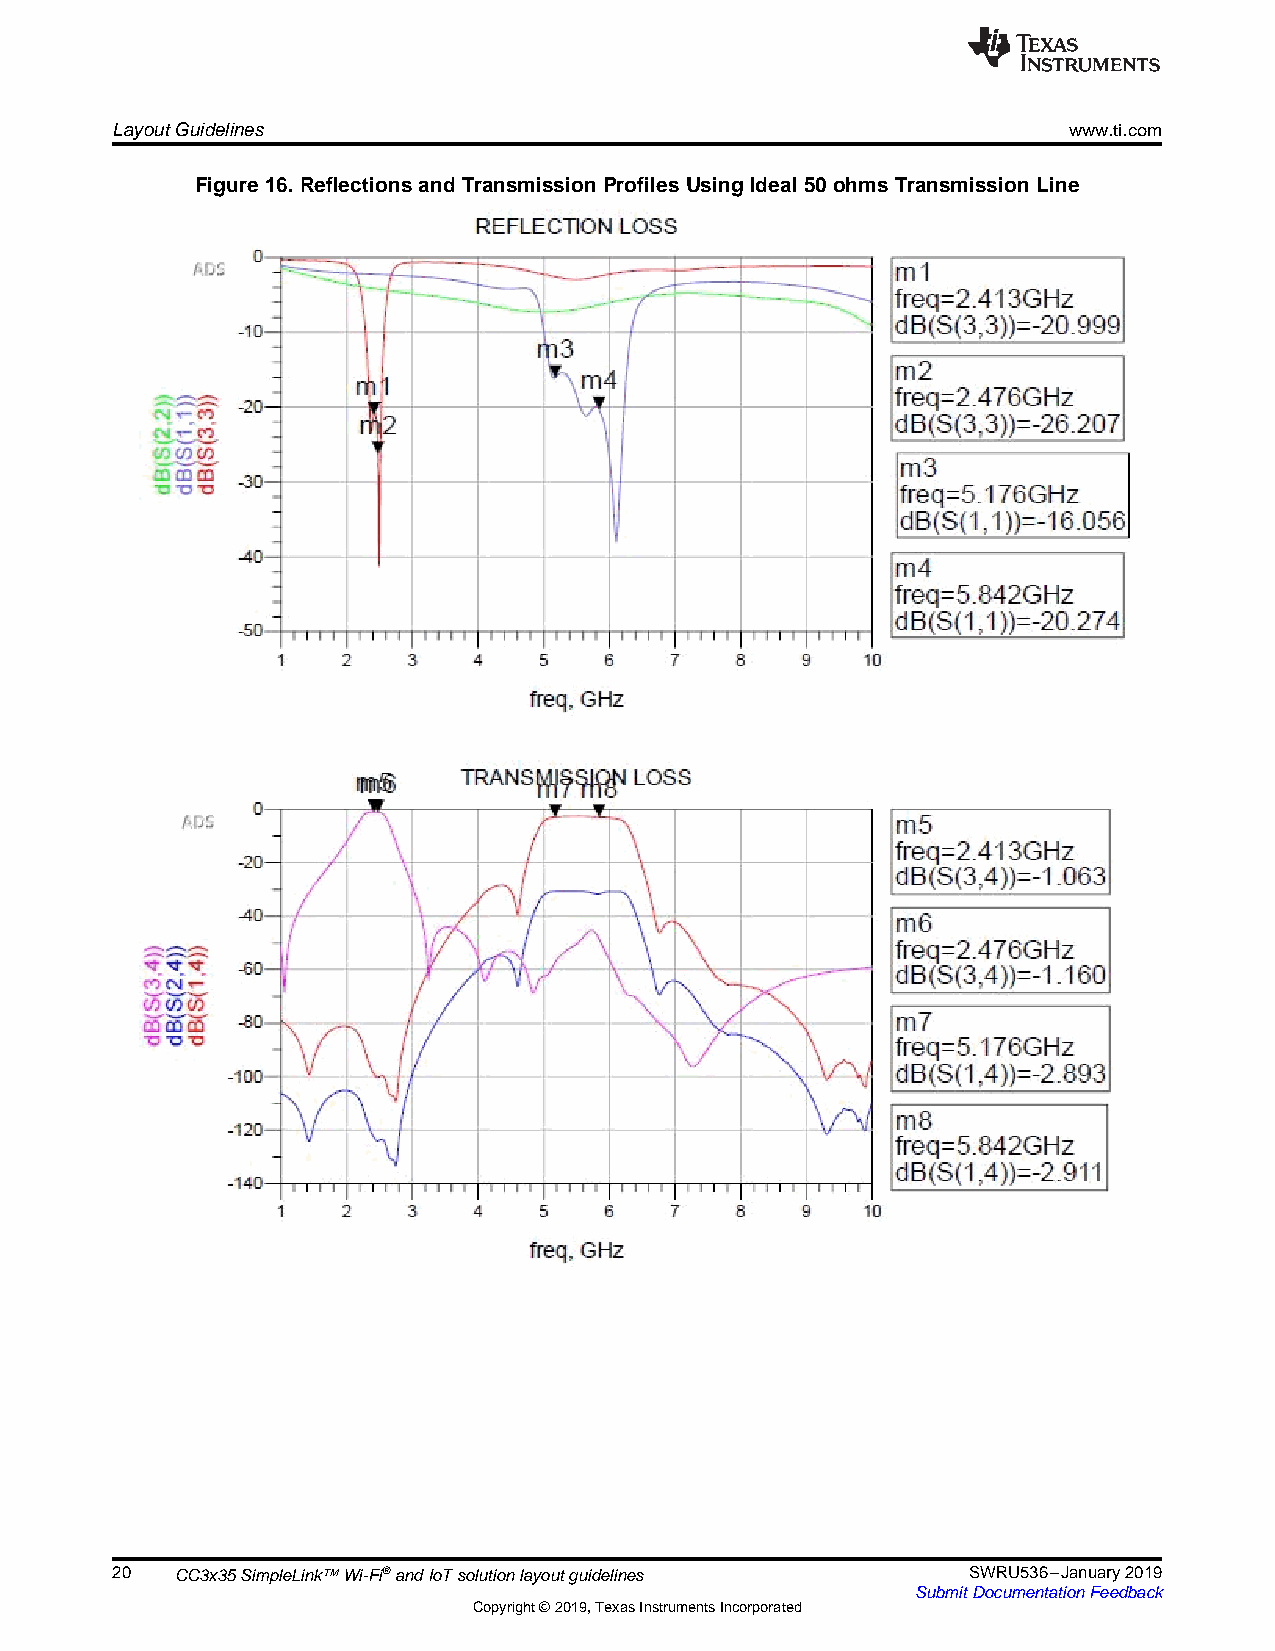
LayoutGuidelines                                                www.ti.com
 Figure16.ReflectionsandTransmissionProfilesUsingIdeal50ohmsTransmissionLine
 20   CC3x35SimpleLink™Wi-Fi®andIoTsolutionlayoutguidelines SWRU536–January2019
 SubmitDocumentationFeedback
 Copyright©2019,TexasInstrumentsIncorporated